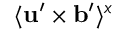
\langle { { \bf { u } } ^ { \prime } \times { \bf { b } } ^ { \prime } } \rangle ^ { x }